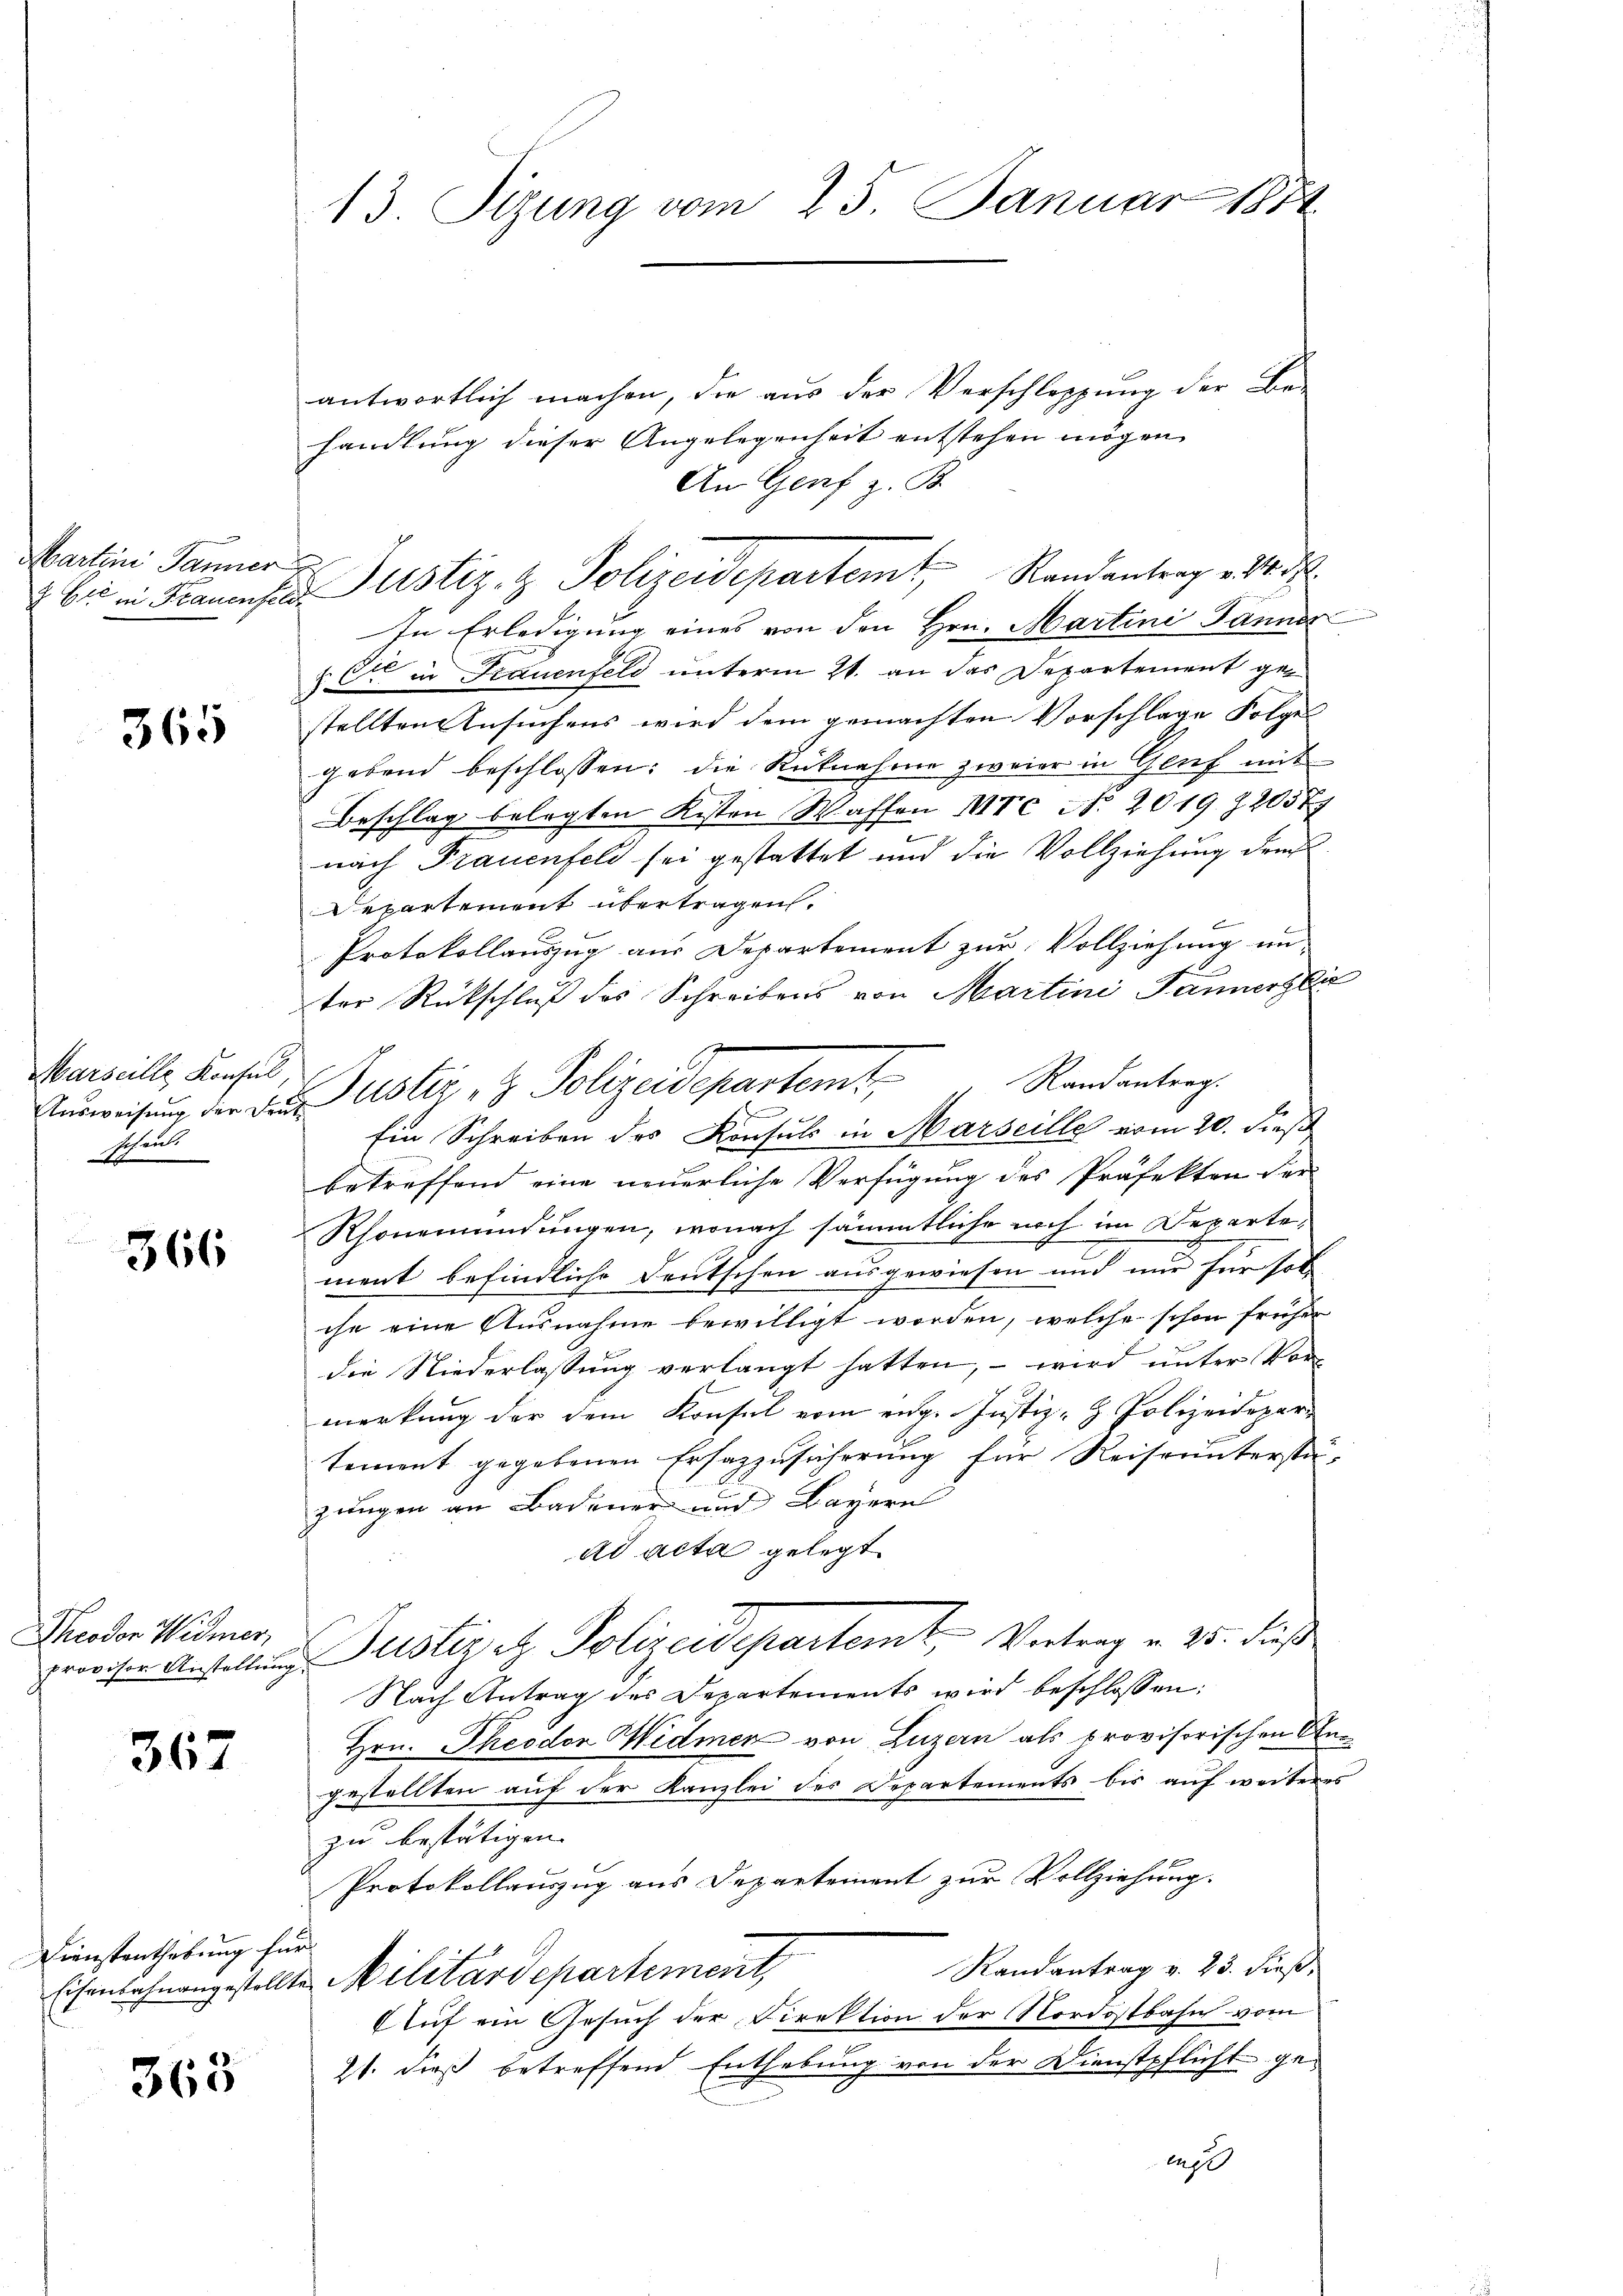
Martini Jänner

365

Marseille Konsul,
Ausweisung der Dei
schen.

366

Theodor Widmer,
provisor Anstellun

367

Dienstenthebung für

365

13. Sizung vom 25. Januar 1882

antwortlich machen, die aus der Verschleppung der Behandlung dieser Angelegenheit entstehen mögen
An Genf z. B.
In Erledigung eines von den Hrn. Martini Dannes
& Cie in Frauenfeld unterm 21. an das Departement gestellten Ansuchens wird dem gemachten Vorschlage Folge
gebend beschlossen: die Rücknahme zweier in Genf mit
Beschlag belegten Kisten Waffen III 7. No. 2019 z20577
nach Frauenfeld sei gestattet und die Vollziehung der
Departement übertragen.
x
Protokollauszug aus Departement zur Vollziehung un
ter Rückschluß des Schreibens von Martini Tannerlie
Randantrag.
Ein Schreiben des Konsuls in Marseille vom 20. dieß
betreffend eine neuerliche Verfügung des Präfekten der
Rhonemündungen, wonach sämmtliche noch im Departe,
ment befindliche Deutschen ausgewiesen und nur für sol
che eine Ausnahme bewilligt worden, welche schon früher
die Niederlassung verlangt hatten, – wird unter Vormerkung der dem Konsul vom eige Justiz- & Polizeidepartement gegebenen Ersazzusicherung für Reiseunterstä-
zungen an Badener und Bayern
ad acta gelegt
Justiz etz. Polizeidepartemt,- Vertrag v. 25. dieß
Nach Antrag des Departements wird beschlossen:
Hrn. Theodor Widmer von Luzern als provisorischen Angestellten auf der Kanzlei des Departements bis auf weiteres
zu bestätigen.
Protokollauszug aus Departement zur Vollziehung.
Randantrag v. 23. dieß,
Eisenlohnangestellte Militärdepartement,
Auf ein Gesuch der Direktion der Nordostbahn vom
21. dieß betreffend Enthebung von der Dienstpflicht geeup

f

26 in Frauenfer Justiz- & Polizeidepartemt, Randantrag v. 18. d.

Justiz & Polizeidepartamt,